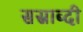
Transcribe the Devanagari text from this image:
सस्राब्दी